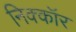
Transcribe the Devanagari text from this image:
निक्कॉर